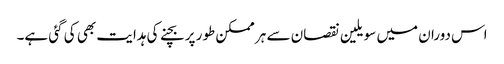
اس دوران میں سویلین نقصان سے ہر ممکن طور پر بچنے کی ہدایت بھی کی گئی ہے۔